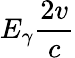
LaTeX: E_{\gamma}\frac{2v}c